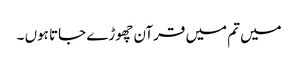
میں تم میں قرآن چھوڑے جاتا ہوں ۔